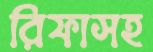
রিফাসহ